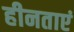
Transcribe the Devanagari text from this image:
हीनताएं